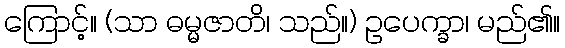
ကြောင့်။ (သာ ဓမ္မဇာတိ၊ သည်။) ဥပေက္ခာ၊ မည်၏။